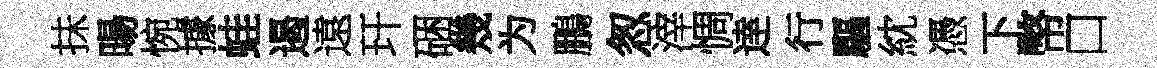
抺暘惋據蛙遏遠玕硱幾为鵬怱滓惆逹行驅紞憑下幣口